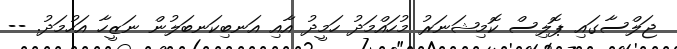
ޖަލްސާގައި ޕޮލިސް ކޮމިޝަނަރު މުހައްމަދު ހަމީދު އާއި އަނބިކަނބަލުން ނަޒީހާ އަހުމަދު. --